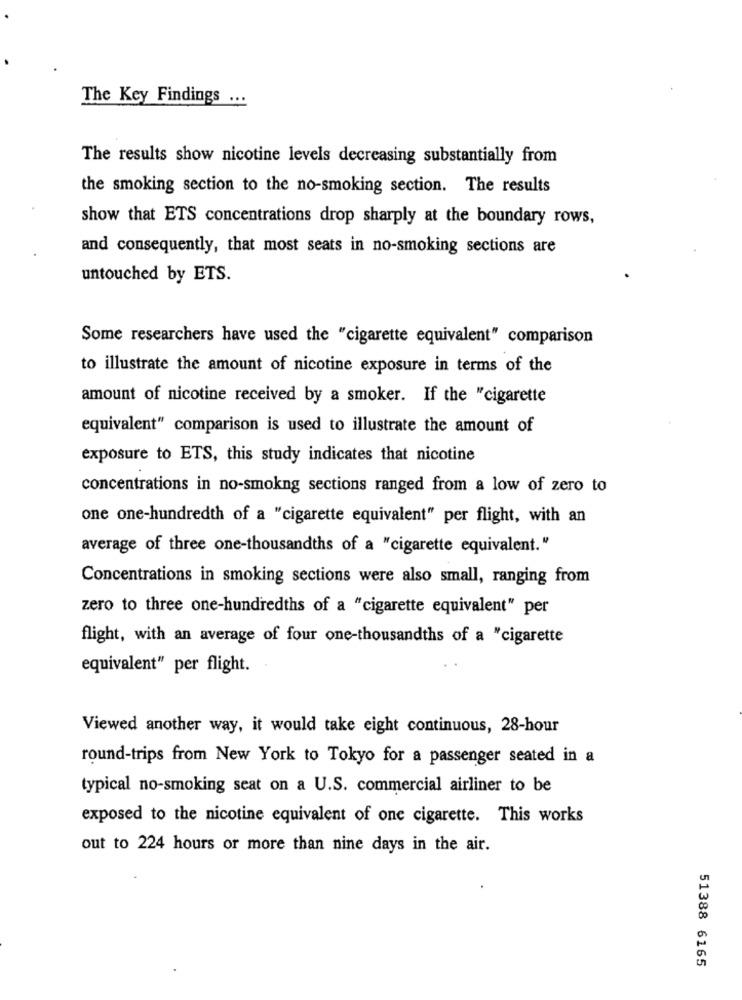
The Key Findings ...
The results show nicotine levels decreasing substantially from
the smoking section to the no-smoking section. The results
show that ETS concentrations drop sharply at the boundary rows,
and consequently, that most seats in no-smoking sections are
untouched by ETS.
Some researchers have used the "cigarette equivalent" comparison
to illustrate the amount of nicotine exposure in terms of the
amount of nicotine received by a smoker. If the "cigarette
equivalent" comparison is used to illustrate the amount of
exposure to ETS, this study indicates that nicotine
concentrations in no-smokng sections ranged from a low of zero to
one one-hundredth of a "cigarette equivalent" per flight, with an
average of three one-thousandths of a "cigarette equivalent."
Concentrations in smoking sections were also small, ranging from
zero to three one-hundredths of a "cigarette equivalent" per
flight, with an average of four one-thousandths of a "cigarette
equivalent" per flight.
Viewed another way, it would take eight continuous, 28-hour
round-trips from New York to Tokyo for a passenger seated in a
typical no-smoking seat on a U.S. commercial airliner to be
exposed to the nicotine equivalent of one cigarette. This works
out to 224 hours or more than nine days in the air.
51388 6165